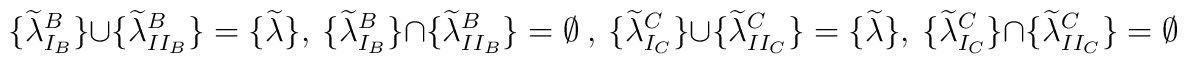
\{\widetilde{\lambda}^B_{I_B}\}\cup \{\widetilde{\lambda}^B_{II_B}\} 	= \{\widetilde{\lambda}\},\    \{\widetilde{\lambda}^B_{I_B}\}\cap \{\widetilde{\lambda}^B_{II_B}\} 	= \emptyset\ ,\   \{\widetilde{\lambda}^C_{I_C}\}\cup \{\widetilde{\lambda}^C_{II_C}\} 	= \{\widetilde{\lambda}\},\    \{\widetilde{\lambda}^C_{I_C}\}\cap \{\widetilde{\lambda}^C_{II_C}\} 	= \emptyset